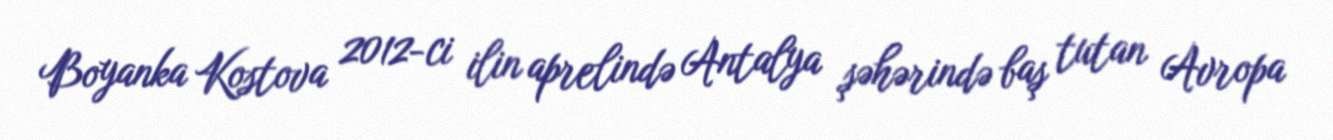
Boyanka Kostova 2012-ci ilin aprelində Antalya şəhərində baş tutan Avropa